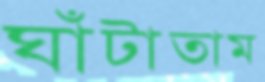
ঘাঁটাতাম